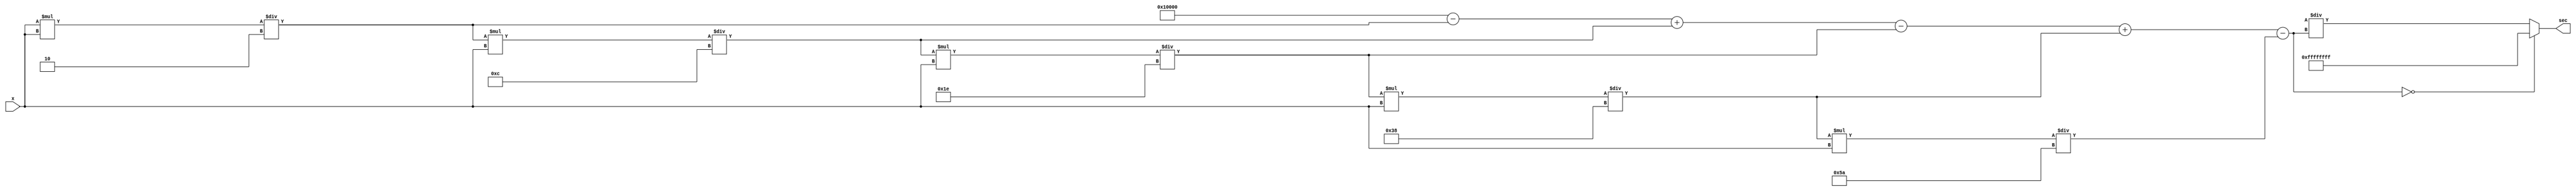
module secant_function (
    input [15:0] x,        // Input angle in radians (16 bits fixed-point)
    output reg [31:0] sec  // Output secant value (32 bits fixed-point)
);

    // Internal signals
    reg [31:0] cos_value;   // Cosine value (32 bits fixed-point)
    reg [31:0] reciprocal;   // Reciprocal value (32 bits fixed-point)
    
    // Parameters for fixed-point representation
    parameter FRACTIONAL_BITS = 16; // Number of fractional bits in fixed-point representation

    // Cosine calculation using Taylor series (up to 5 terms)
    function [31:0] cosine;
        input [15:0] angle;
        reg [31:0] term;
        reg [31:0] sum;
        integer i;

        begin
            sum = 32'h00010000;  // Start with 1 (fixed-point representation of 1.0)
            term = angle;        // First term is x^0 / 0! = 1
            
            // Calculate cosine using Taylor series
            for (i = 1; i <= 5; i = i + 1) begin
                term = term * angle / (i * 2 * (i * 2 - 1)); // x^(2*i) / (2*i)!
                if (i % 2 == 1) // Subtract odd terms
                    sum = sum - term;
                else // Add even terms
                    sum = sum + term;
            end
            
            cosine = sum;
        end
    endfunction

    // Reciprocal calculation
    function [31:0] reciprocal_calc;
        input [31:0] value;
        begin
            // Simple reciprocal calculation (1 / value)
            if (value == 0) begin
                reciprocal_calc = 32'hFFFFFFFF; // Return max value for undefined range
            end else begin
                reciprocal_calc = (1 << (FRACTIONAL_BITS * 2)) / value; // 1 << (FRACTIONAL_BITS * 2) is the fixed-point representation of 1
            end
        end
    endfunction

    // Main process
    always @(*) begin
        // Calculate cosine of the input angle
        cos_value = cosine(x);
        
        // Handle input validation
        if (cos_value == 0) begin
            sec = 32'hFFFFFFFF; // Undefined secant value (infinity)
        end else begin
            // Calculate secant as the reciprocal of cosine
            reciprocal = reciprocal_calc(cos_value);
            sec = reciprocal;
        end
    end

endmodule